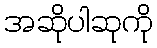
အဆိုပါဆုကို